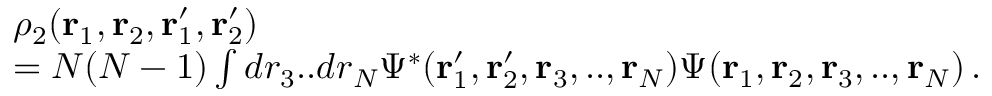
\begin{array} { r l } & { \rho _ { 2 } ( { \bf r } _ { 1 } , { \bf r } _ { 2 } , { \bf r } _ { 1 } ^ { \prime } , { \bf r } _ { 2 } ^ { \prime } ) } \\ & { = N ( N - 1 ) \int d r _ { 3 } . . d r _ { N } \Psi ^ { * } ( { \bf r } _ { 1 } ^ { \prime } , { \bf r } _ { 2 } ^ { \prime } , { \bf r } _ { 3 } , . . , { \bf r } _ { N } ) \Psi ( { \bf r } _ { 1 } , { \bf r } _ { 2 } , { \bf r } _ { 3 } , . . , { \bf r } _ { N } ) \, . } \end{array}